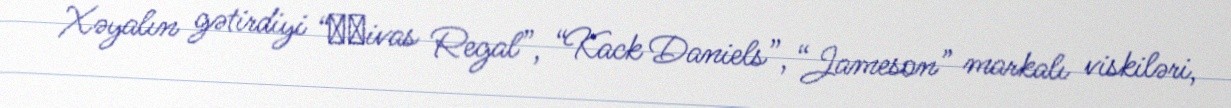
Xəyalın gətirdiyi “Сһivas Regal”, “Kack Daniels”, “Jameson” markalı viskiləri,